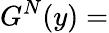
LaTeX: {G}^{N}(y)=